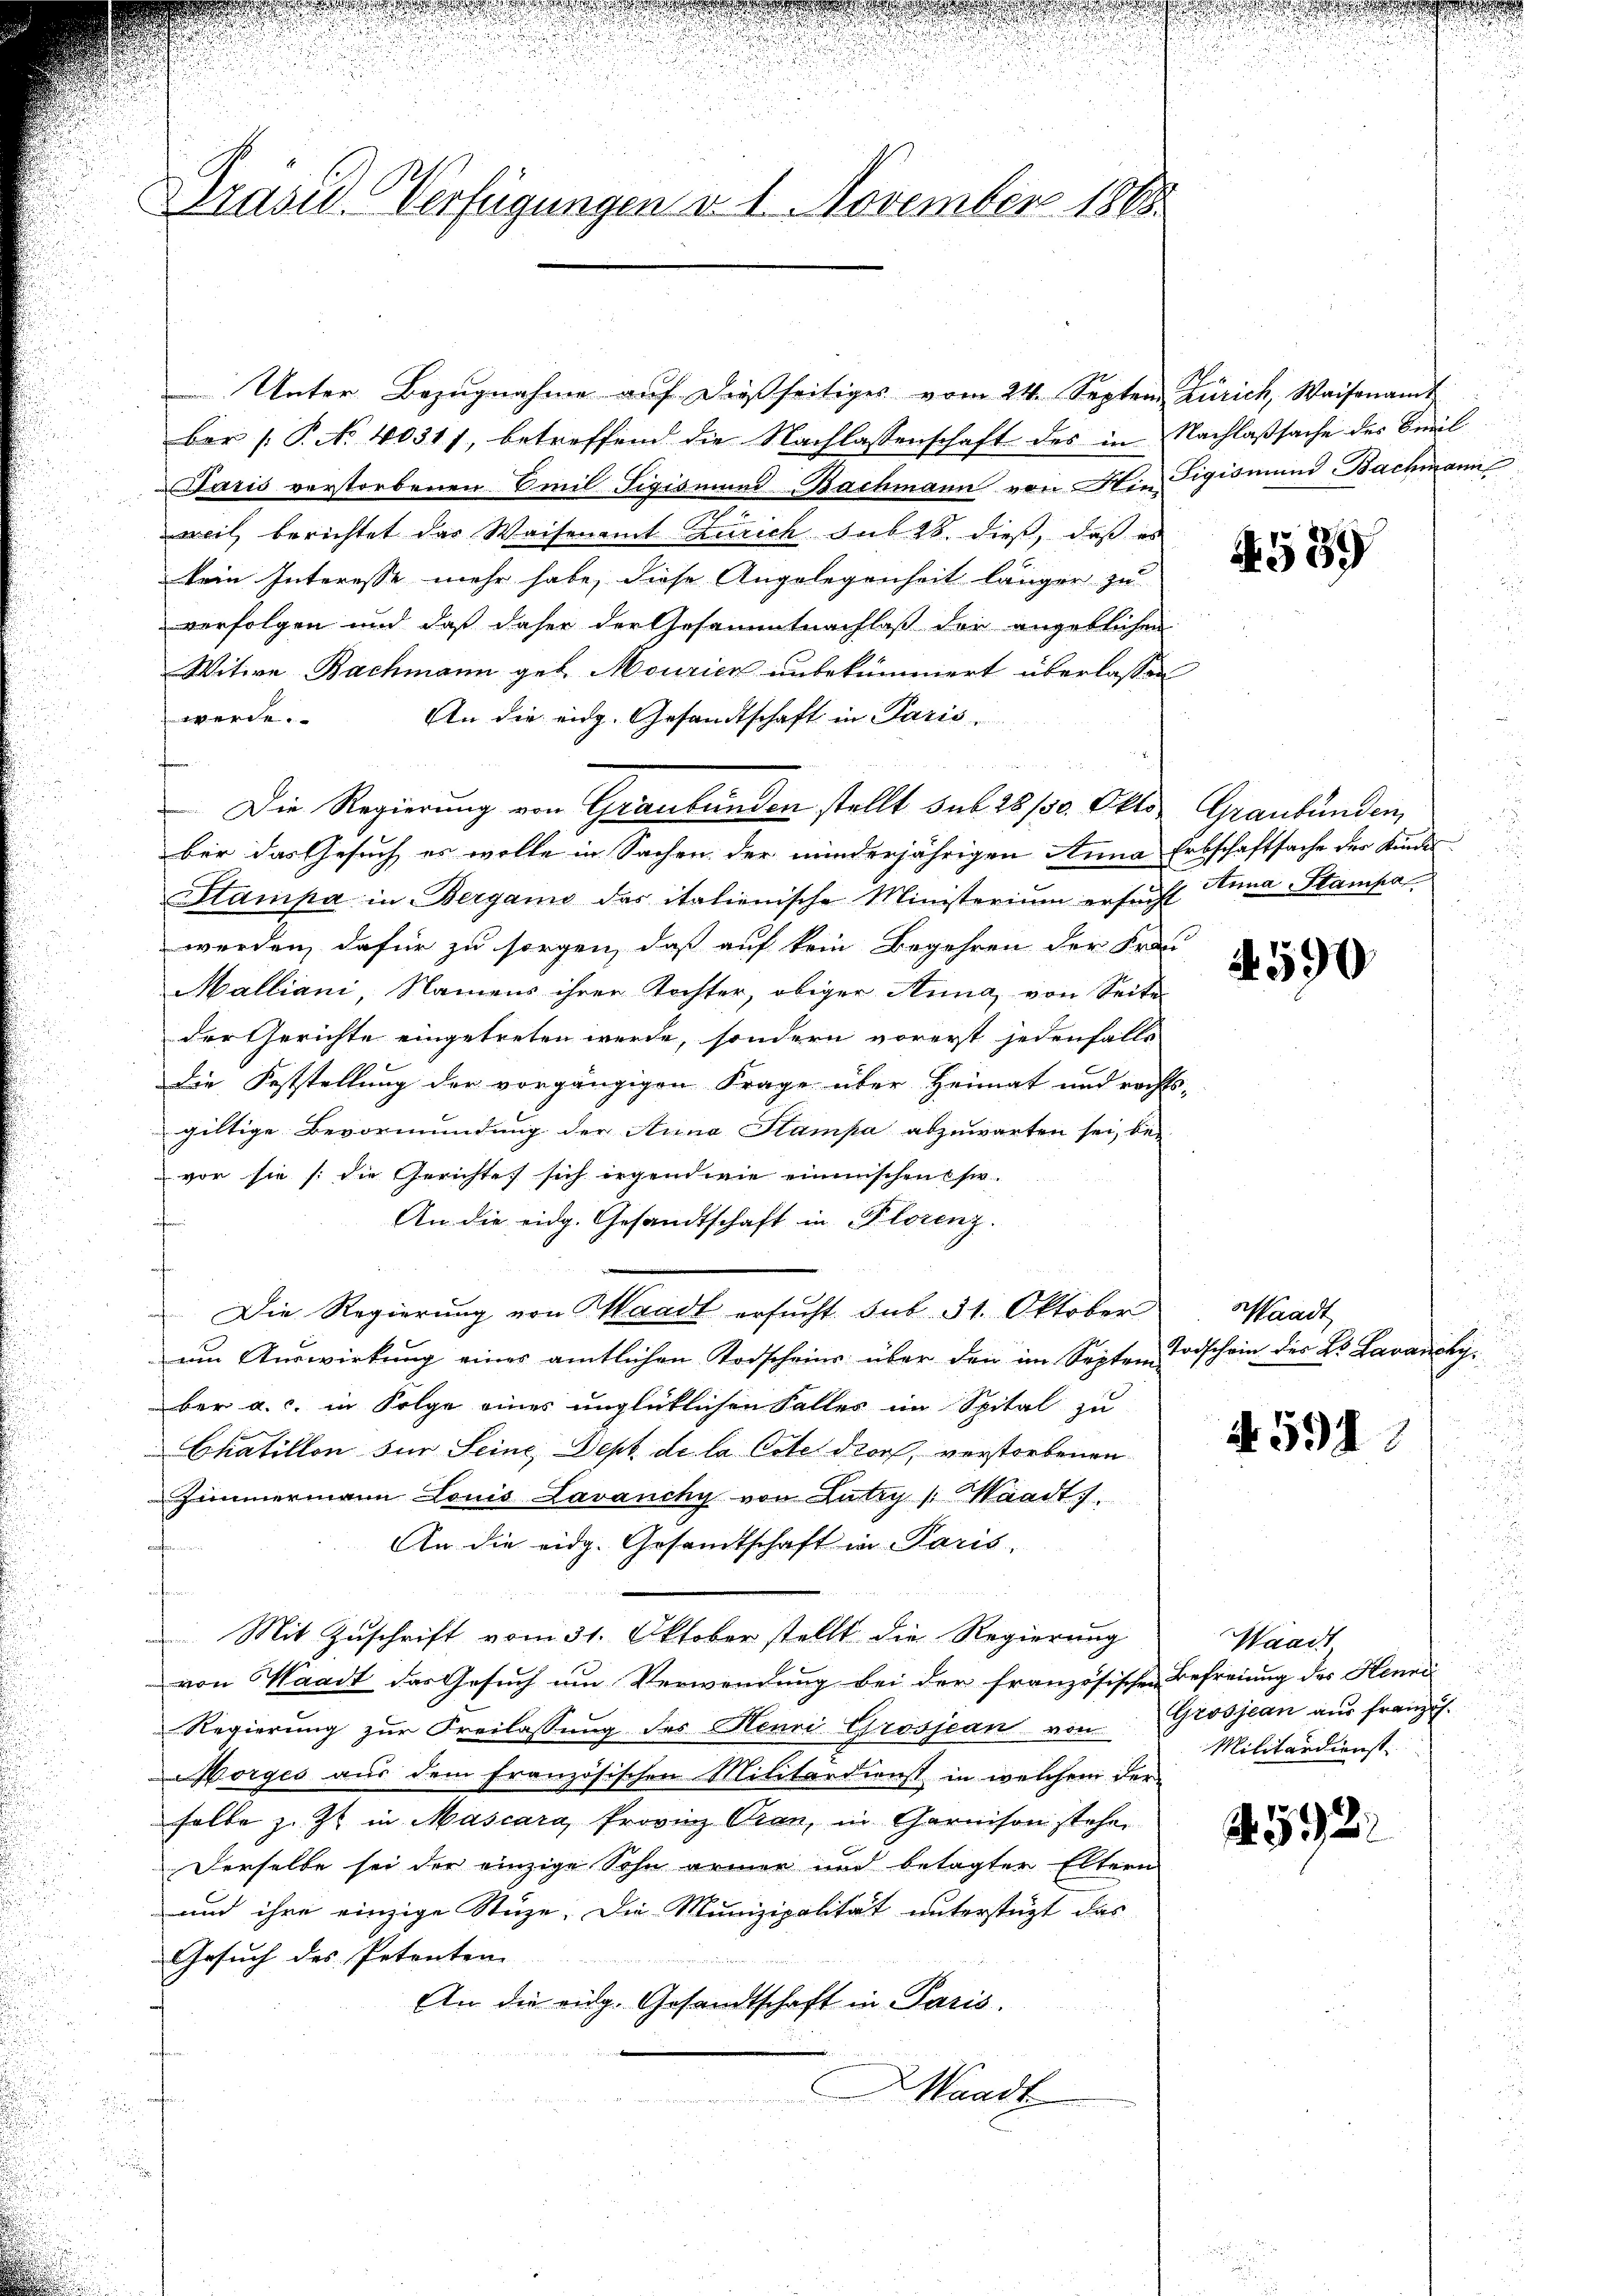
Präsid. Verfügungen d. 1. November 1888.

Unter Bezugnahme auf dießseitiges vom 24. Septem Zürich, Waisenamt
ber (: P. No 40311, betreffend die Nachlassenschaft des in Nachlaßsache des Simil
Jasis verstorbenen Emil Sigismund Bachmann von Ain Figismund Bachmann
weil berichtet das Waisenamt Zürich sub 28. dieß, daß es
kein Interesse mehr habe, diese Angelegenheit länger zu
verfolgen und daß daher der Gesammtnachlaß der angeblichen
Witwe Bachmann geb. Mourien unbekümmert überlassen
werde.
An die eidg. Gesandtschaft in Paris
Die Regierung von Graubünden stellt sub 28/30. Okto
ber das Gesuch es wolle in Sachen der minderjährigen Anna Erbschaftsache der Kindes
Stampa in Bergamo das italienische Ministerium ersucht Hina Stampa
werden, dafür zu sorgen, daß auf kein Begehren der Frei
Malliani, Namens ihrer Tochter, obiger Anna, von Seite
der Gerichte eingetreten werde, sondern vorerst jedenfalls
Die Feststellung der vorgängigen Frage über Heimat und rechts-
giltige Bevormundung der Anna Stampa abzuwarten sei, be-
 vor sie /: die Gerichtet sich irgendwie einmischens ser
An die eidg. Gesandtschaft in Florenz.
Die Regierŭng von Waadt ersŭcht sub 31. Oktober
um Auswirkung eines amtlichen Todscheins über den im Septen Todschein des L. Lavanchy
ber a. c. in Folge eines unglücklichen Falles im Spital zu
Chatillon für Seine Dept de la Cotel doch, verstorbenen
Zimmermann Louis Lavanchy von Lutry (Waadt
An die eidg. Gesandtschaft in Paris,
ein Pommen.
Mit Zuschrift vom 31. Oktober stellt die Regierung
von Waadt das Gesuch um Verwendung bei der französischen Befreiung des Henni
Regierung zŭr Freilassung des Henri Grosjean von Grosjean aus franz.
Borges aus dem französischen Militärdienst in welchem der
halbe z. Zt. in Mascara Provinz Oran, in Garnison stehen
Derselbe sei der einzige Sohn armer und betagter Eltern
und ihre einzige Stuze. Die Munizipalität unterstüzt das
Gesuch des Petenten
An die eidg. Gesandtschaft in Paris.
Waadt
f

4539

Graubünden
u

590

Waadt

4. 591.

Waadt
Militärdienst.

. 532.